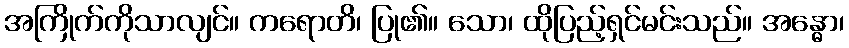
အကြိုက်ကိုသာလျင်။ ကရောတိ၊ ပြု၏။ သော၊ ထိုပြည့်ရှင်မင်းသည်။ အန္ဓော၊